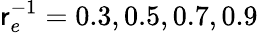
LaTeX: \mathsf{r}_{e}^{-1}=0.3,0.5,0.7,0.9